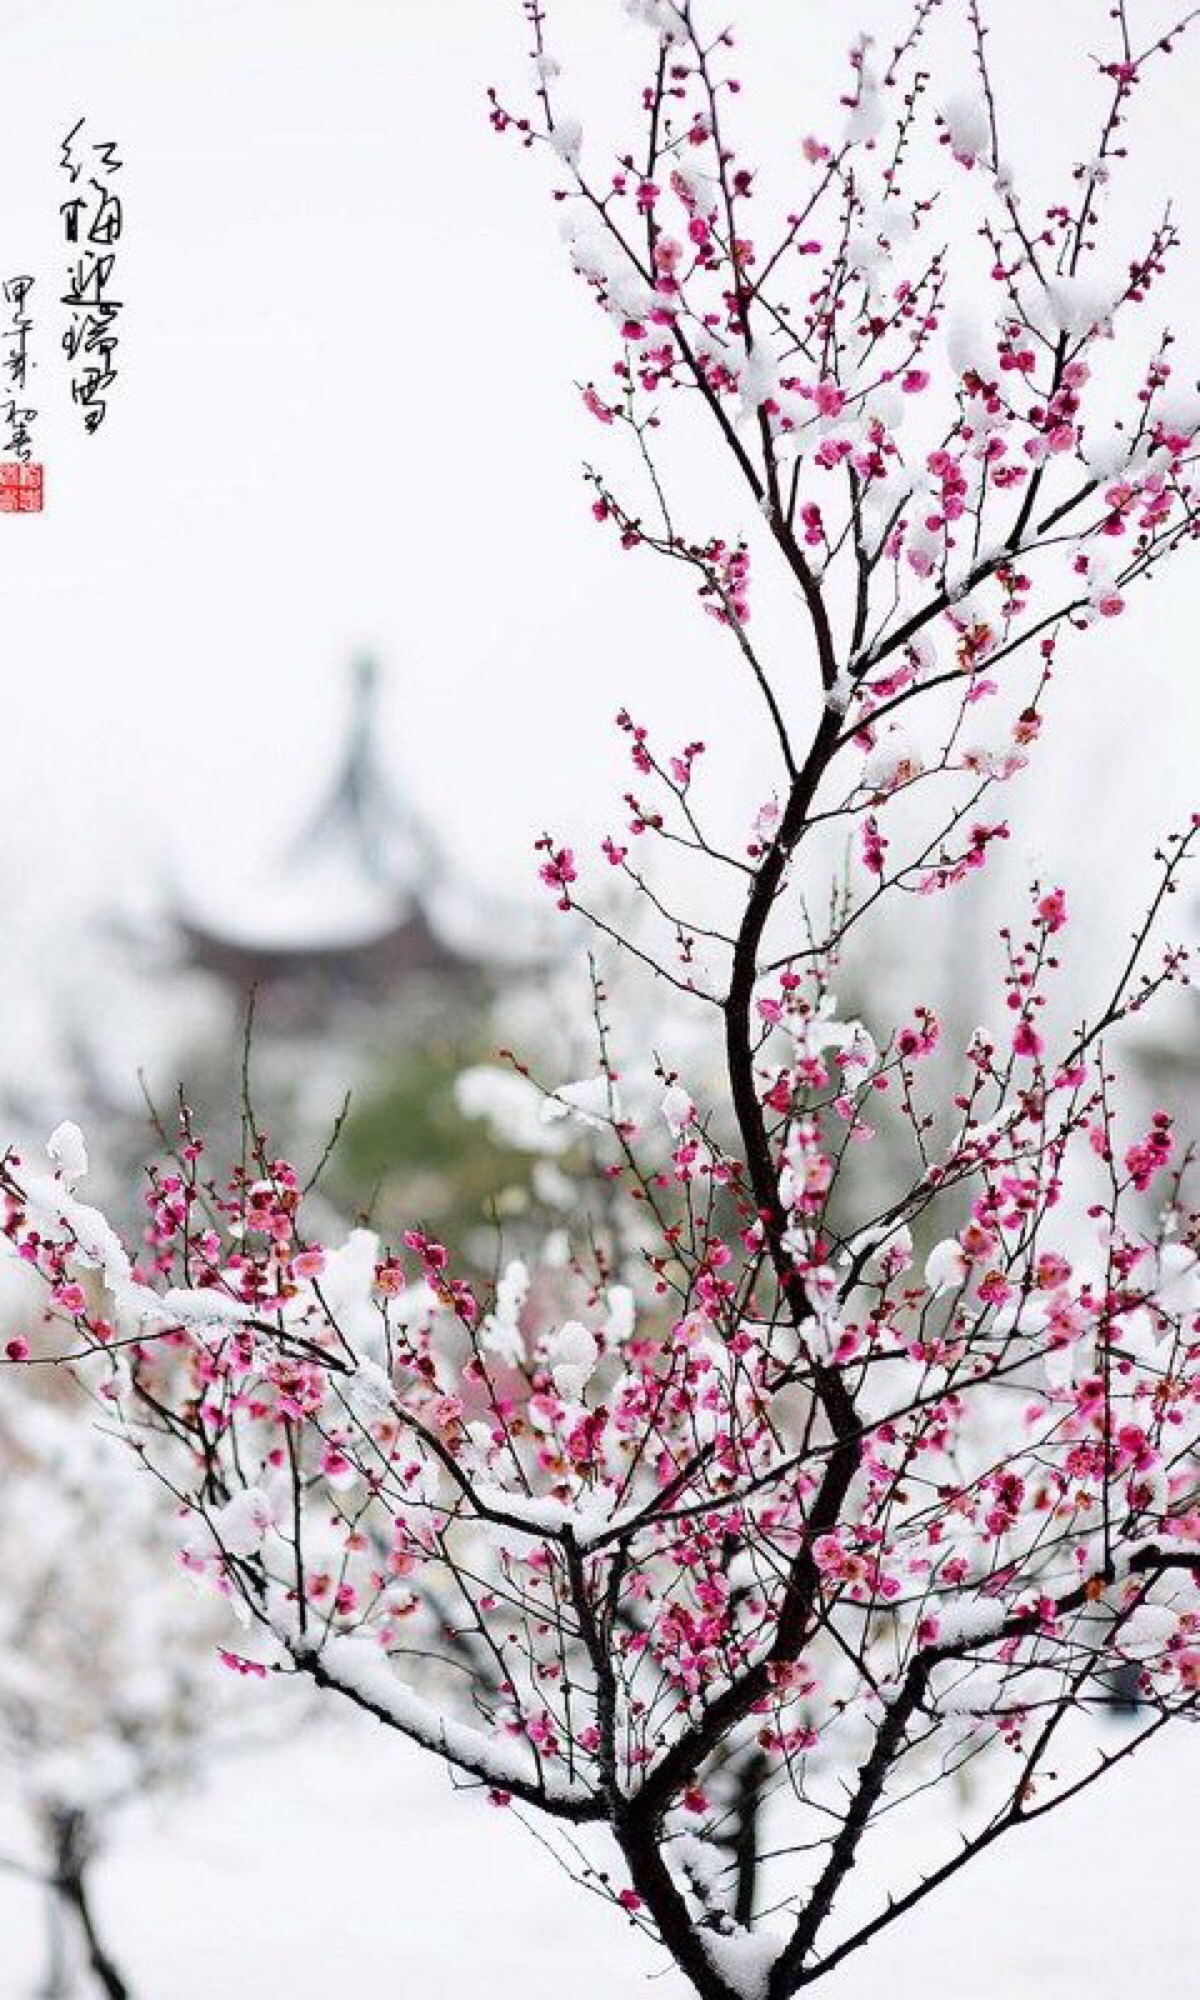
依旧桃花面，频低柳叶眉。